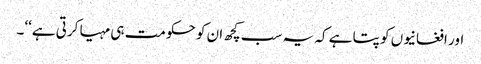
اور افغانیوں کو پتا ہے کہ یہ سب کچھ ان کو حکومت ہی مہیا کرتی ہے‘‘۔